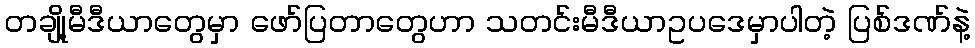
တချို့မီဒီယာတွေမှာ ဖော်ပြတာတွေဟာ သတင်းမီဒီယာဥပဒေမှာပါတဲ့ ပြစ်ဒဏ်နဲ့